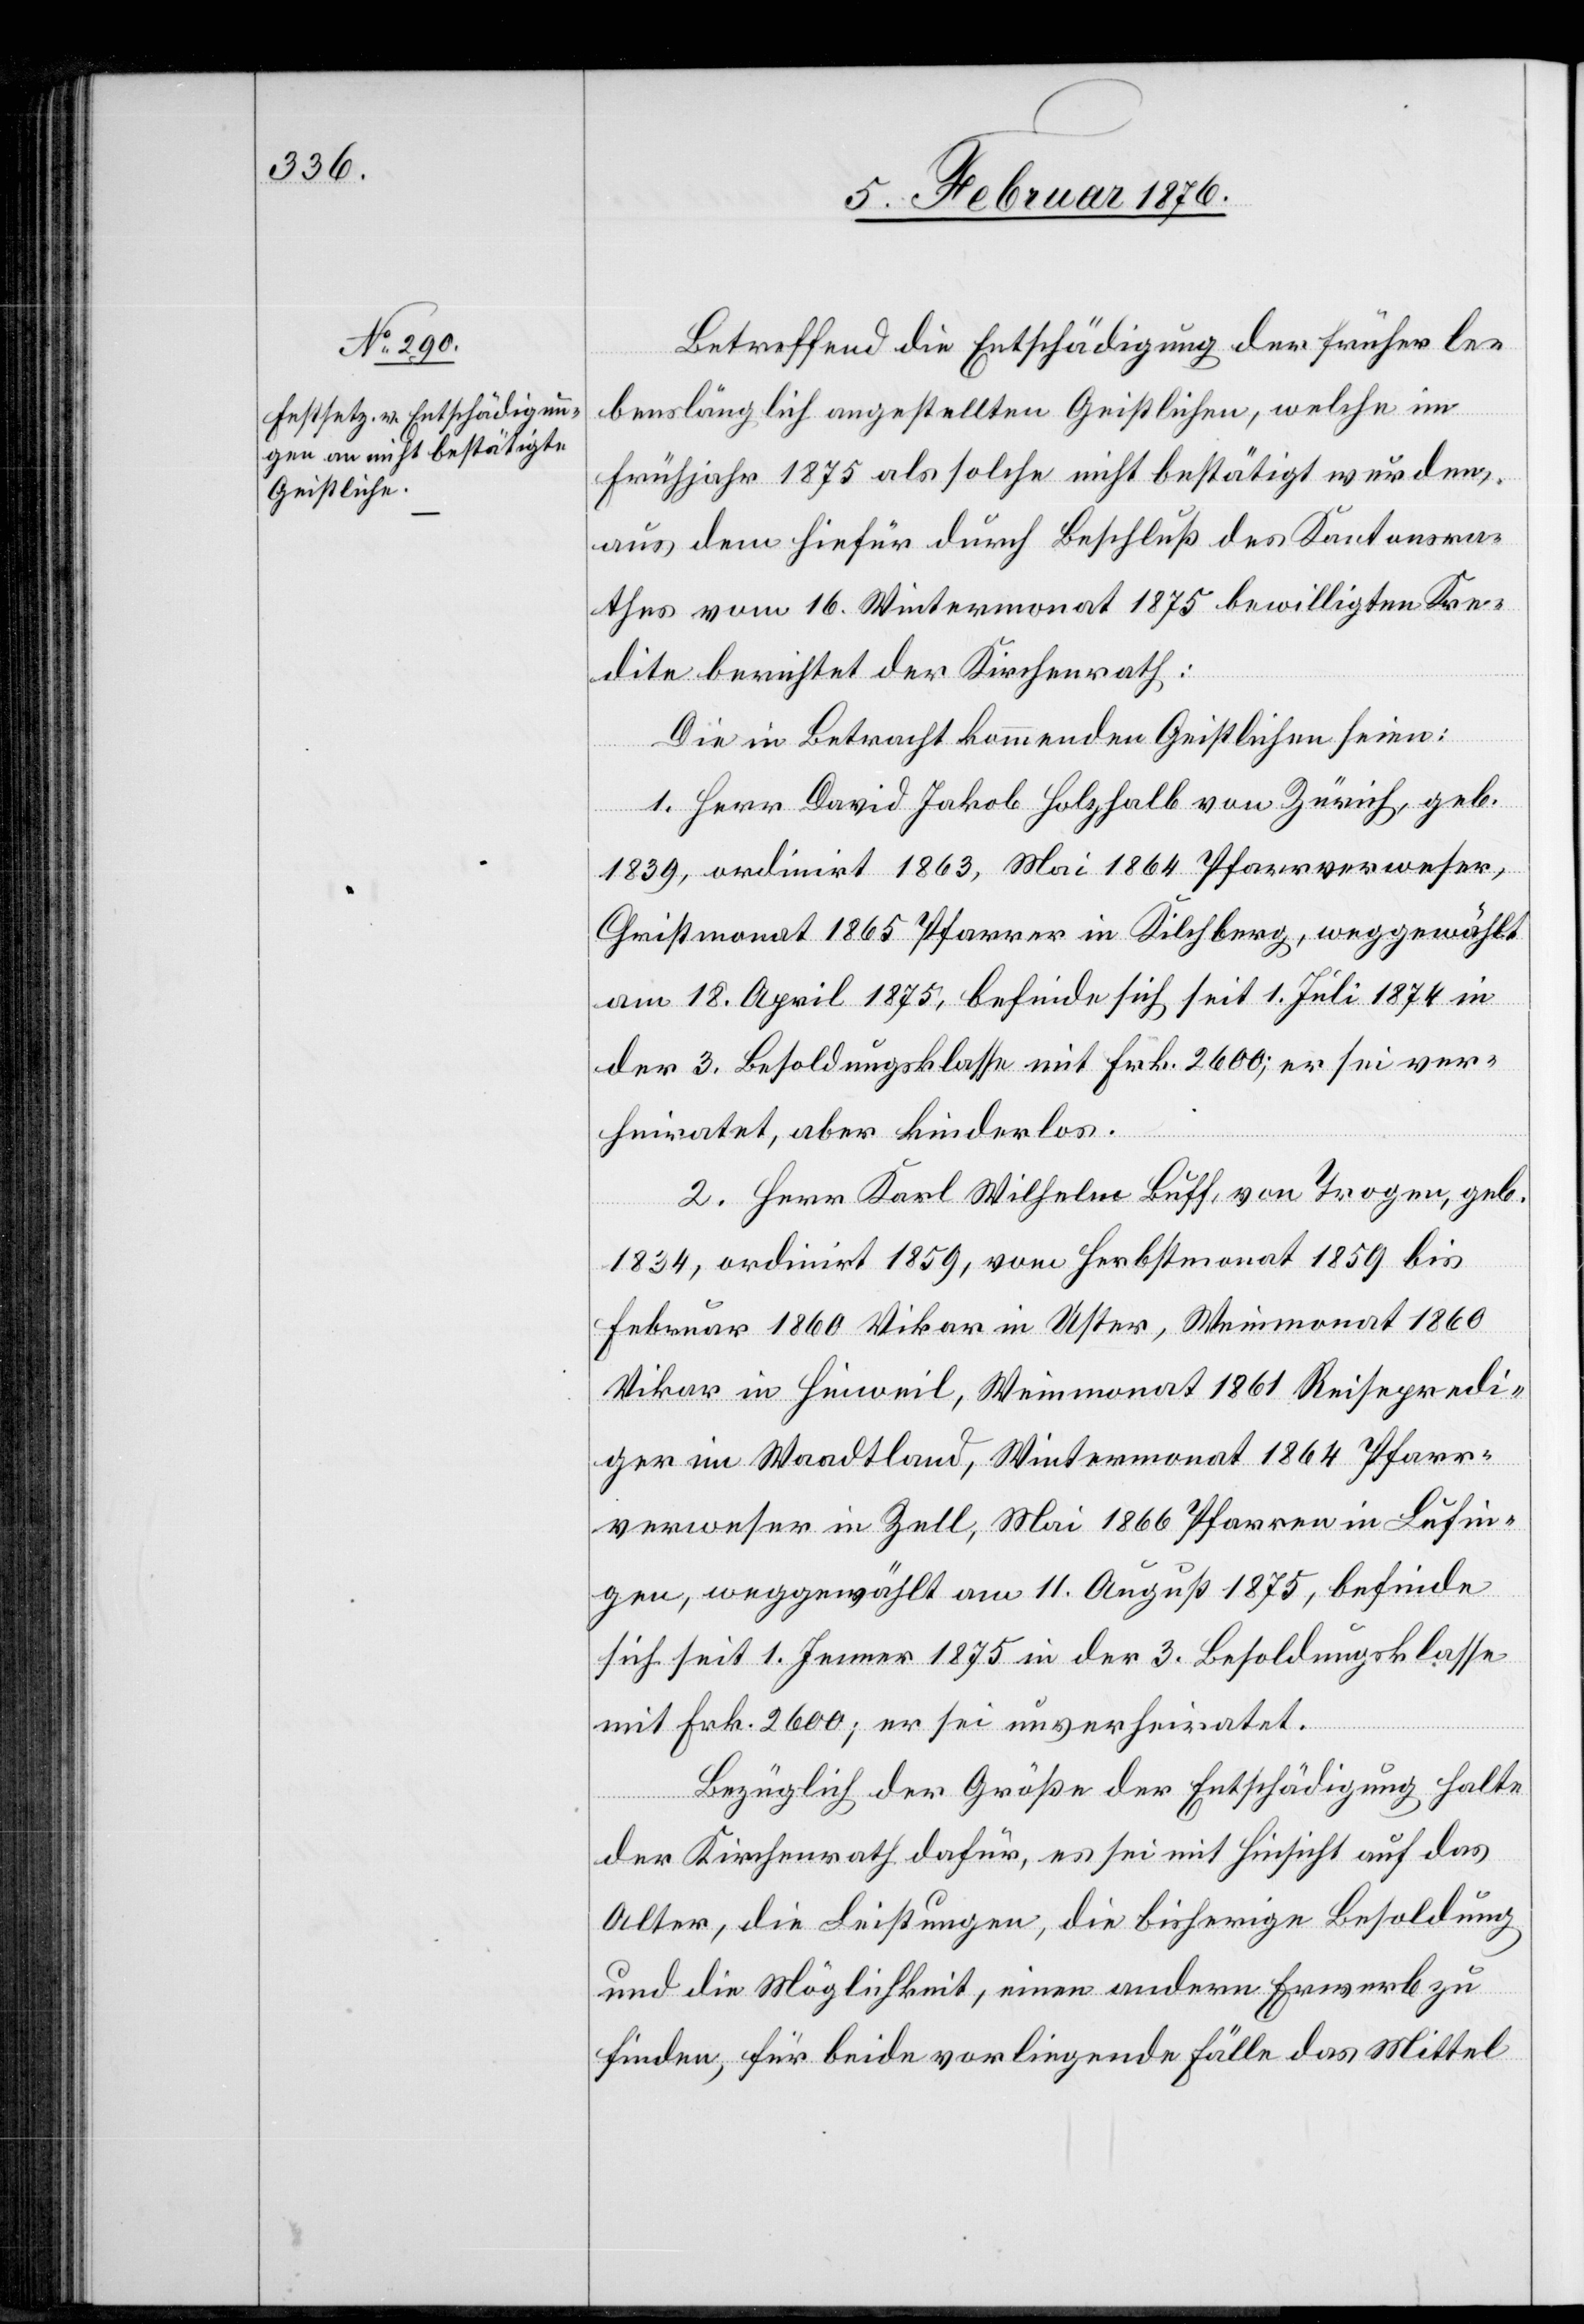
Betreffend die Entschädigung der früher le¬
benslänglich angestellten Geistlichen, welche im
Frühjahr 1875 als solche nicht bestätigt wurden,
aus dem hierfür durch Beschluß des Kantonsra¬
thes vom 16. Wintermonat 1875 bewilligten Kre¬
dite berichtet der Kantonsrath:
Die in Betracht kommenden Geistliche seien:
1. Herr David Jakob Holzhalb von Zürich, geb.
1839, ordinirt 1863, Mai 1864 Pfarrverweser,
Christmonat 1865 Pfarrer in Kilchberg, weggewählt
am 18. April 1875, befinde sich seit 1. Juli 1874 in
der 3. Besoldungsklasse mit Frk. 2600; er sei ver¬
heiratet, aber kinderlos.
2. Herr Karl Wilhelm Buff, von Trogen, geb.
1834, ordinirt 1859, vom Herbstmonat 1859 bis
Februar 1860 Vikar in Uster, Weinmonat 1860
Vikar in Hinweil, Weinmonat 1861 Reisepredi¬
ger im Waadtland, Wintermonat 1864 Pfarr¬
verweser in Zell, Mai 1866 Pfarrer in Lufin¬
gen, weggewählt am 11. August 1875, befinde
sich seit 1. Jenner 1875 in der 3. Besoldungsklasse
mit Frk. 2600,; er sei unverheiratet.
Bezüglich der Größe der Entschädigung halte
der Kirchenrath dafür, es sei mit Hinsicht auf das
Alter, die Leistungen, die bisherige Besoldung
und die Möglichkeit, einen anderen Erwerb zu
finden, für beide vorliegenden Fälle das Mittel